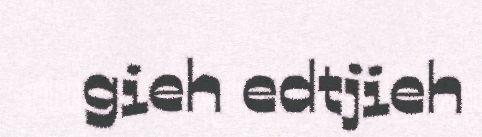
gieh edtjieh